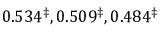
0 . 5 3 4 ^ { \ddagger } , 0 . 5 0 9 ^ { \ddagger } , 0 . 4 8 4 ^ { \ddagger }